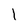
Character: 1